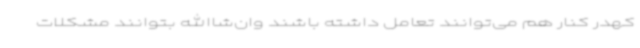
کهدر کنار هم می‌توانند تعامل داشته باشند وان‌شاالله بتوانند مشکلات